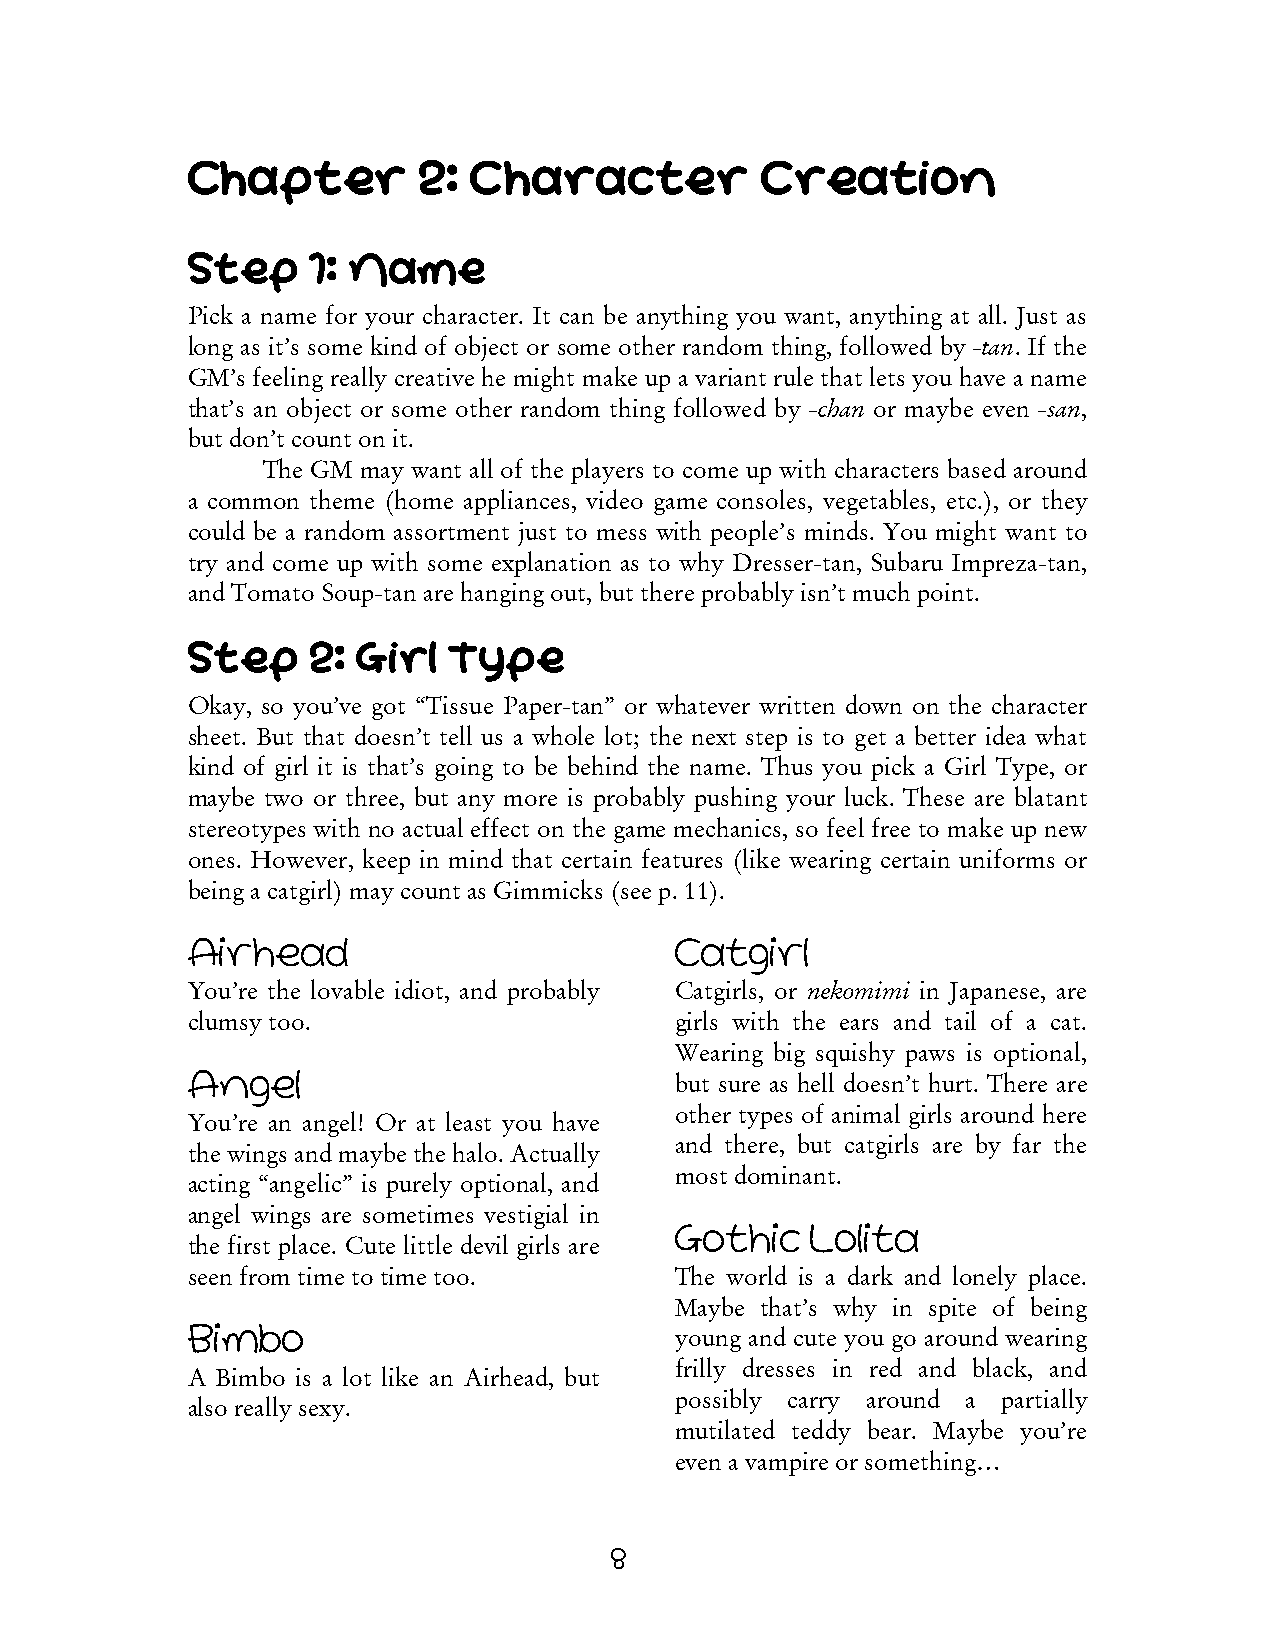
Chapter         2: Character          Creation
 Step    1: Name
 Pick a name for your character. It can be anything you want, anything at all. Just as
 long as it’s some kind of object or some other random thing, followed by -tan. If the
 GM’s feeling really creative he might make up a variant rule that lets you have a name
 that’s an object or some other random thing followed by -chan or maybe even -san,
 but don’t count on it.
 The GM may want all of the players to come up with characters based around
 a common theme (home appliances, video game consoles, vegetables, etc.), or they
 could be a random assortment just to mess with people’s minds. You might want to
 try and come up with some explanation as to why Dresser-tan, Subaru Impreza-tan,
 and Tomato Soup-tan are hanging out, but there probably isn’t much point.
 Step    2:  Girl  Type
 Okay, so you’ve got “Tissue Paper-tan” or whatever written down on the character
 sheet. But that doesn’t tell us a whole lot; the next step is to get a better idea what
 kind of girl it is that’s going to be behind the name. Thus you pick a Girl Type, or
 maybe two or three, but any more is probably pushing your luck. These are blatant
 stereotypes with no actual effect on the game mechanics, so feel free to make up new
 ones. However, keep in mind that certain features (like wearing certain uniforms or
 being a catgirl) may count as Gimmicks (see p. 11).
 Airhead                          Catgirl
 You’re the lovable idiot, and probably Catgirls, or nekomimi in Japanese, are
 clumsy too.                      girls with the ears and tail of a cat.
 Wearing big squishy paws is optional,
 Angel                            but sure as hell doesn’t hurt. There are
 other types of animal girls around here
 You’re an angel! Or at least you have
 and there, but catgirls are by far the
 the wings and maybe the halo. Actually
 most dominant.
 acting “angelic” is purely optional, and
 angel wings are sometimes vestigial in
 Gothic   Lolita
 the first place. Cute little devil girls are
 seen from time to time too.      The world is a dark and lonely place.
 Maybe that’s why in spite of being
 Bimbo                            young and cute you go around wearing
 frilly dresses in red and black, and
 A Bimbo is a lot like an Airhead, but
 possibly carry around a partially
 also really sexy.
 mutilated teddy bear. Maybe you’re
 even a vampire or something…
 8